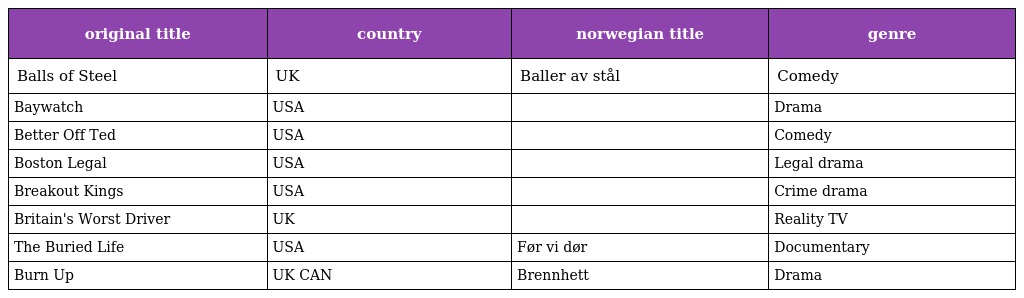
| original title | country | norwegian title | genre |
 | --- | --- | --- | --- |
 | Balls of Steel | UK | Baller av stål | Comedy |
 | Baywatch | USA |  | Drama |
 | Better Off Ted | USA |  | Comedy |
 | Boston Legal | USA |  | Legal drama |
 | Breakout Kings | USA |  | Crime drama |
 | Britain's Worst Driver | UK |  | Reality TV |
 | The Buried Life | USA | Før vi dør | Documentary |
 | Burn Up | UK CAN | Brennhett | Drama |